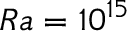
R a = 1 0 ^ { 1 5 }